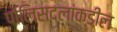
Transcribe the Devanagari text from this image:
पोलिसदलांकडील